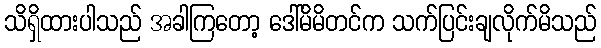
သိရှိထားပါသည် အခါကြတော့ ဒေါ်မိမိတင်က သက်ပြင်းချလိုက်မိသည်